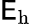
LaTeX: \mathsf{E}_{\mathrm{{h}}}